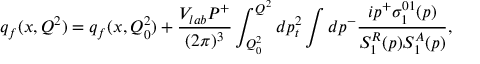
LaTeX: q _ { f } ( x , Q ^ { 2 } ) = q _ { f } ( x , Q _ { 0 } ^ { 2 } ) + { \frac { V _ { l a b } P ^ { + } } { ( 2 \pi ) ^ { 3 } } } \int _ { Q _ { 0 } ^ { 2 } } ^ { Q ^ { 2 } } d p _ { t } ^ { 2 } \int d p ^ { - } { \frac { i p ^ { + } \sigma _ { 1 } ^ { 0 1 } ( p ) } { { \cal S } _ { 1 } ^ { R } ( p ) { \cal S } _ { 1 } ^ { A } ( p ) } } ,